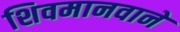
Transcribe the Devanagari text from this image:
शिवमानवाने